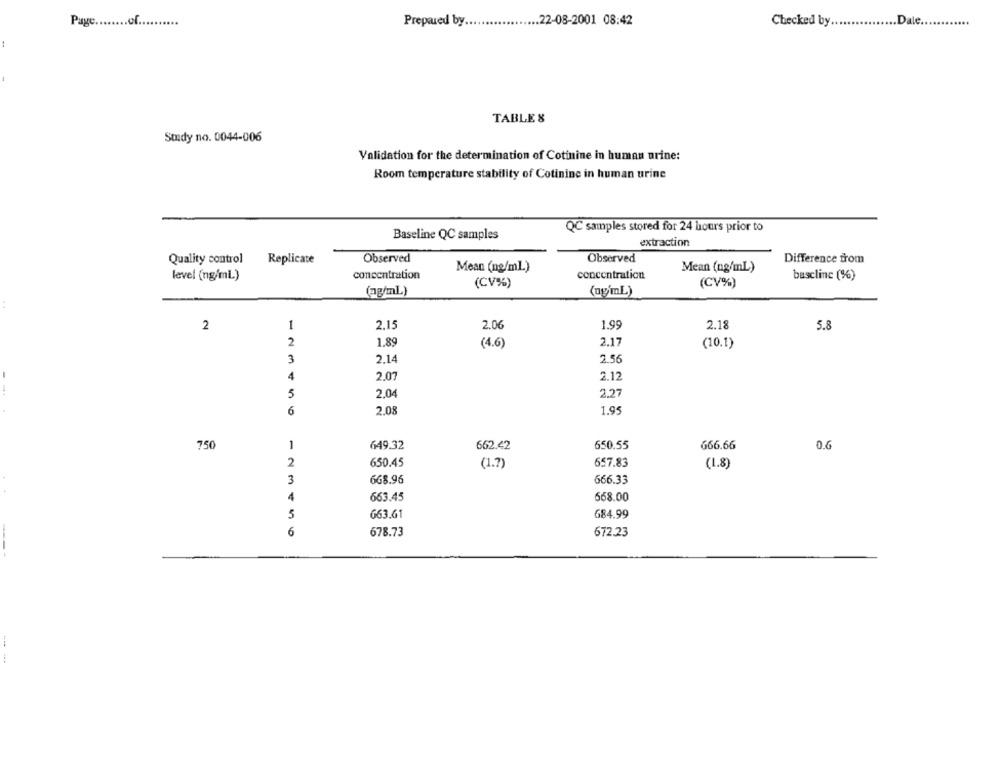
Page ......... f.
....
Prepared by.
.. 22-08-2001 08:42
Checked by.
... Date.
....
:
TABLE &
Study no. 0044-006
Validation for the determination of Cotinine in human urine:
Room temperature stability of Cotinine in human urine
QC samples stored for 24 hours prior to
Baseline QC samples
extraction
Observed
Observed
Difference from
Quality control
Replicate
concentration
Mean (ng/ml)
concentration
Mean (ng/ml)
level (ng/ml)
bascline (%)
(CV%)
(CV%)
(ag/mL)
(ny'mL)
2
1
2.15
2.06
1.99
2.18
5.8
2
1.89
(4.6)
2.17
(10.1)
2.14
3
2.56
4
2.07
2.12
5
2.04
2.27
6
2.08
1.95
750
1
649.32
662.42
650.55
666.66
0.6
2
650.45
(1.7)
657.83
(1.8)
3
668.96
666.33
4
663.45
568.00
5
663.61
684.99
6
678.73
672.23
----